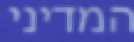
המדיני